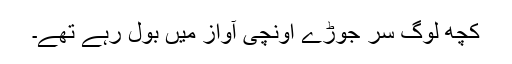
کچھ لوگ سر جوڑے اونچی آواز میں بول رہے تھے۔